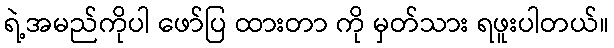
ရဲ့အမည်ကိုပါ ဖော်ပြ ထားတာ ကို မှတ်သား ရဖူးပါတယ်။